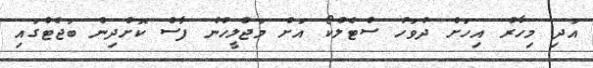
އަދި މިހާރު އިހަށް ދުވަހު ސްޓެލްކޯ އަށް މަޖްލީހުން ފާސް ކޮށްދިން ބަޖެޓްގައި